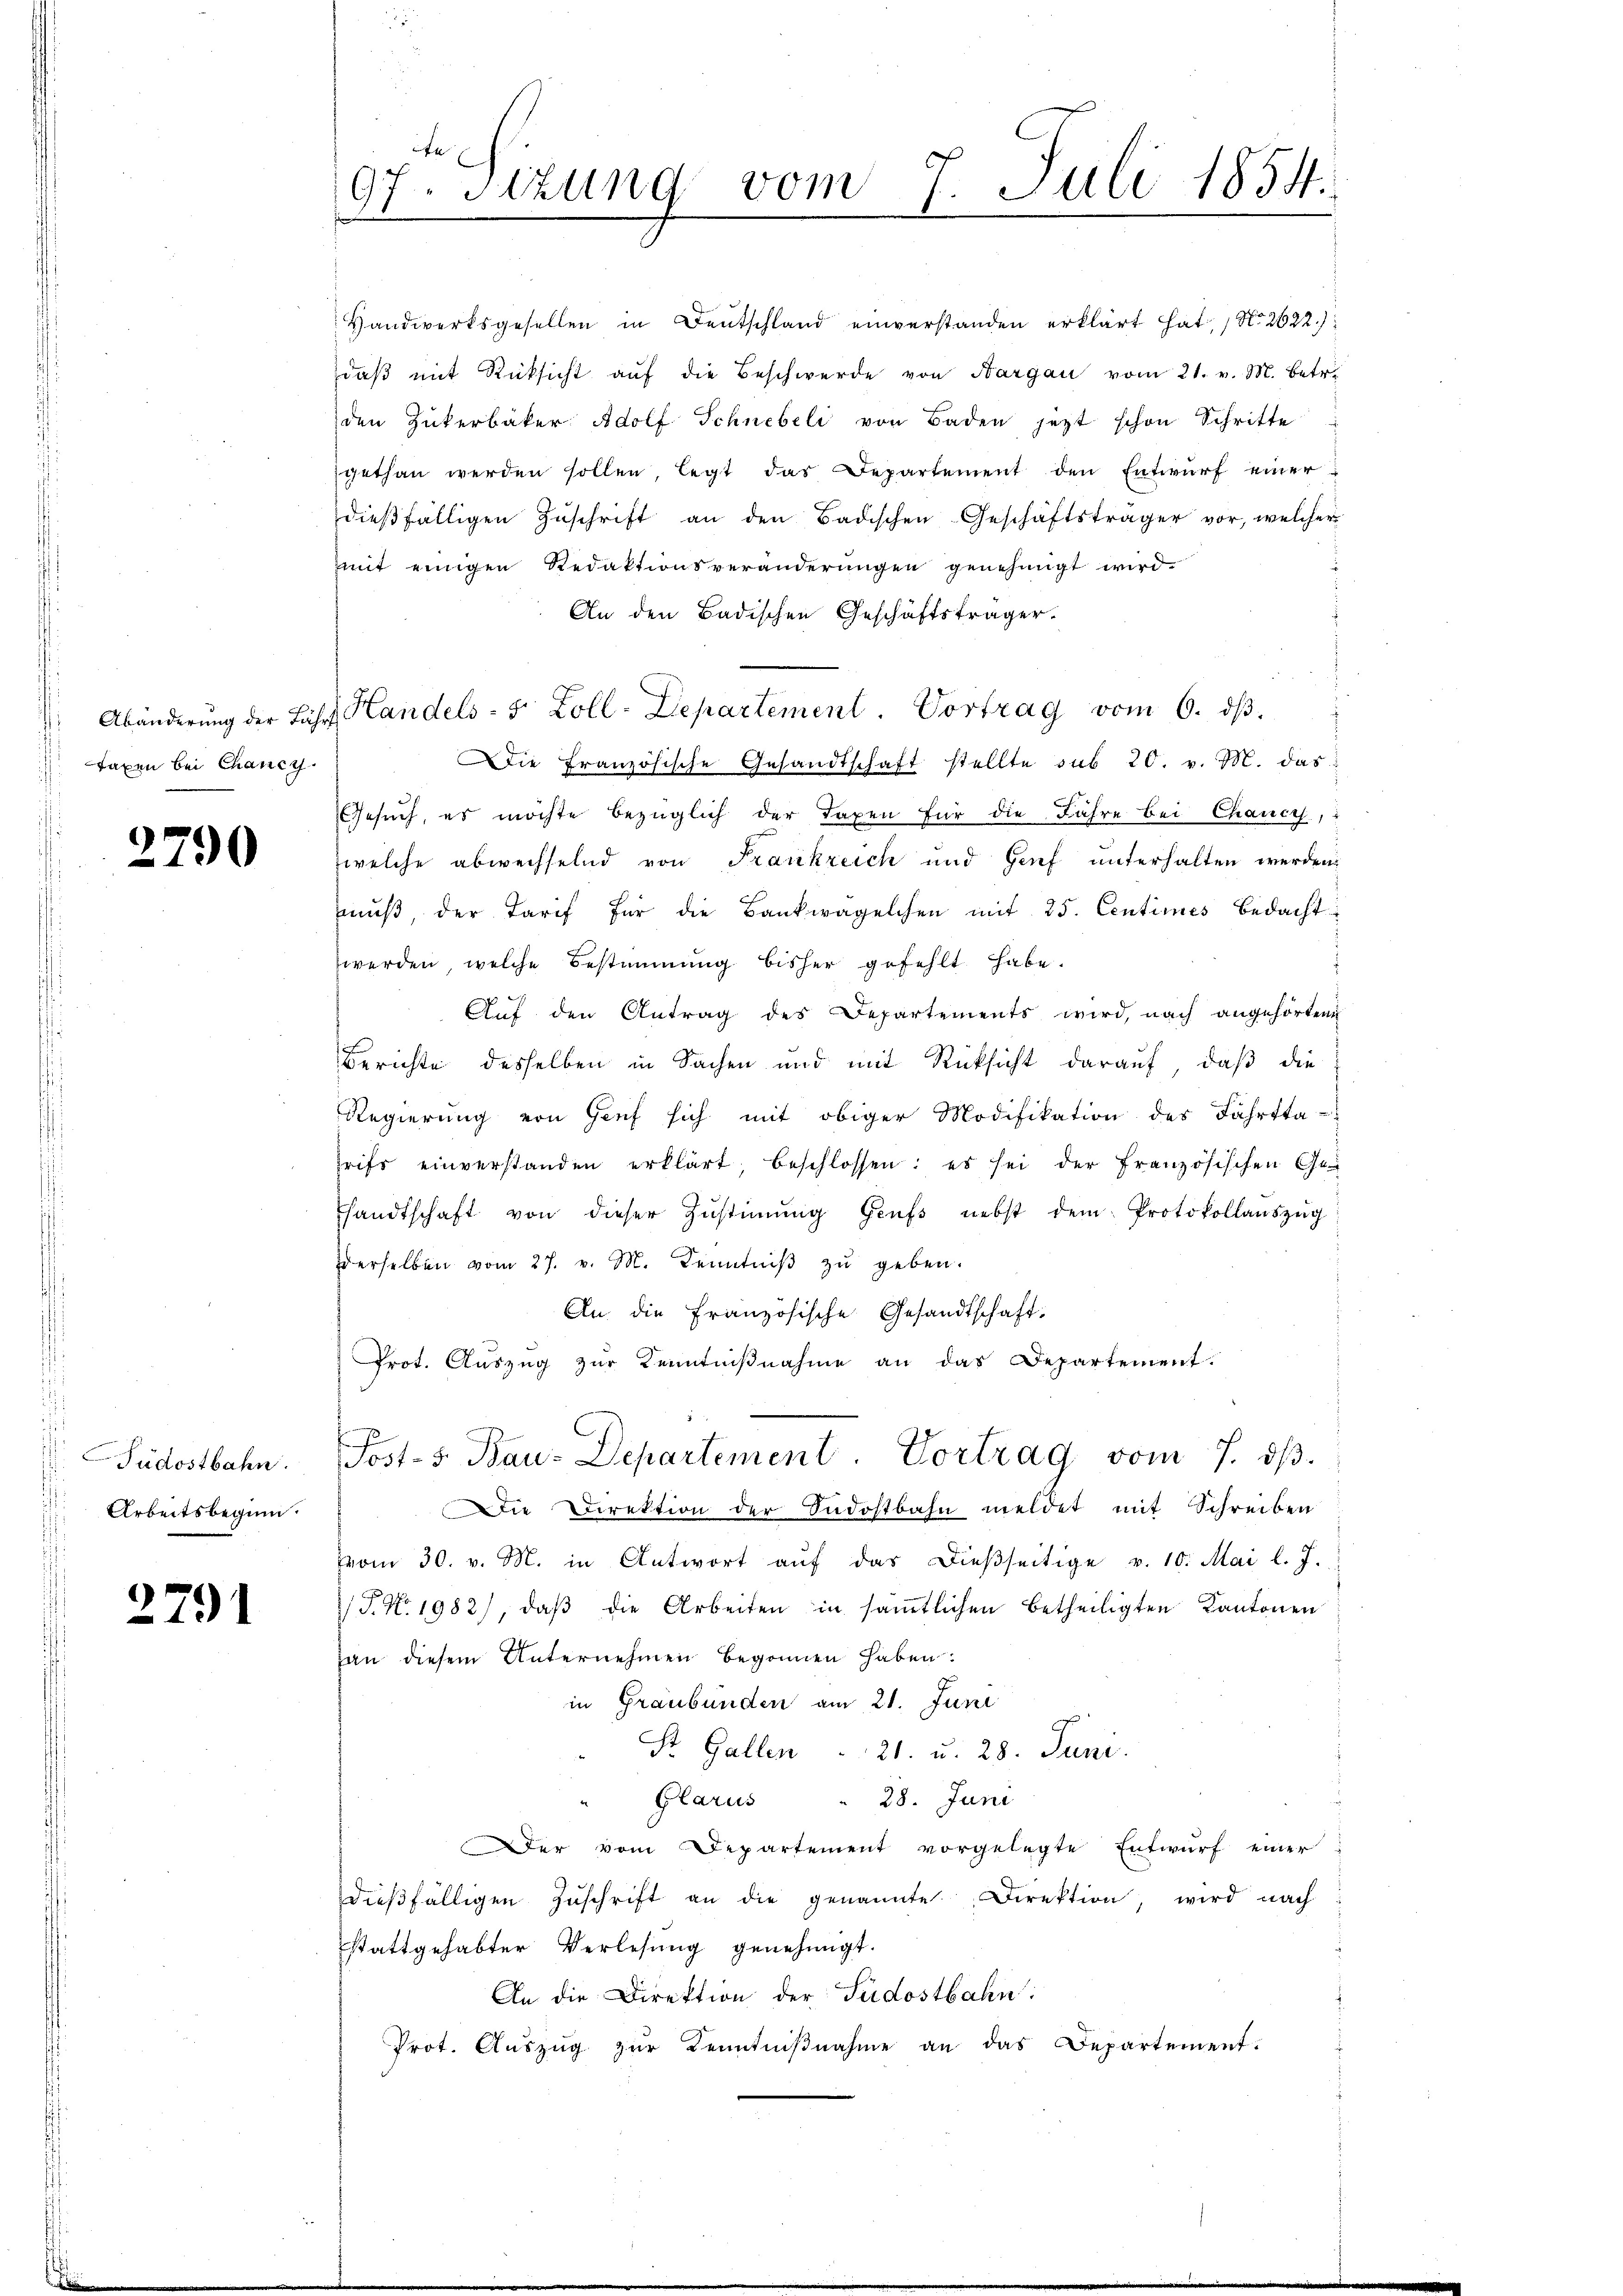
Abänderung der Li
Taxen bei Chancy

2790

Südostbahn.
.
Arbeitsbeginn.

2791

f
 Sizung vom 7. Juli 1854.
91
e

Handwerksgesellen in Deutschland einverstanden erklärt hat, 1 No 2622):
daβ mit Rücksicht aŭf die Beschwerde von Aargau vom 21. v. M. betr.
den Zukerbäker Adolf Schnebeli von Baden jezt schon Schritte
gethan werden sollen legt das Departement den Entwurf einer
dießfälligen Zŭschrift an den Badischen Geschäftsträger vor, welcher
mit einigen Redaktionsveränderŭngen genehmigt wird.
An den Badischen Geschäftsträger.
G. Handels- 5 Zoll-Departement. Vortrag vom 6. dß.
Die Französische Gesandtschaft stellte sub 20. v. M. das
Gesuch, es möchte bezüglich der Taxen für die Jahre bei Chance,
welche abwechselnd von Frankreich und Genf unterhalten werden,
mŭβ, der Tarif für die Bankwagelchen mit 25. Centimes bedacht
werden, welche Bestimmung bisher gefehlt habe.
Aŭf den Antrag des Departements wird, nach angehörten
E
Berichte desselben in Sachen und mit Rücksicht darauf, daß die
Regierung von Genf sich mit obiger Modifikation des Fahrtta-
rifs einverstanden erklärt beschlossen: es sei der französischen Geshandtschaft von dieser Zŭstiṁŭng Gruss nebst dem Protokollaŭszŭg
dderselben vom 27. v. M. Kenntniβ zŭ geben.
An die Französische Gesandtschaft.
Prot. Auszug zur Kenntniβnahme an das Departement.
Post- 5. Bau-Departement. Vortrag vom 7. dβ.
Die Direktion der Südostbahn meldet mit Schreiben
vom 30. v. M. in Antwort aŭf das dießseitige v. 10. Mai l. J.
/J. No. 1982), daβ die Arbeiten in sämtlichen Betheiligten Kantonen
an diesem Unternehmen begonnen haben.
in Graubünden am 21. Juni
St. Gallen . 21. u. 28. Juni.
Glarus " 28. Juni
Der vom Departement vorgelegte Entwurf einer
dieβfälligen Zŭschrift an die genannte Direktion, wird nach
stattgehabter Verlesung genehmigt.
An die Direktion der Südostbahn:
Prot. Aŭszŭg zŭr Kenntniβnahme an das Departement.